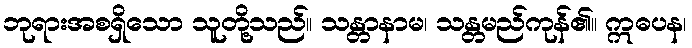
ဘုရားအစရှိသော သူတို့သည်။ သန္တာနာမ၊ သန္တမည်ကုန်၏။ ဣဓပန၊